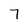
Character: 7